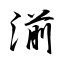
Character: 湔